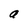
Character: a